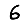
Digit: 6